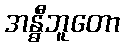
အန္ဓီဘူတော